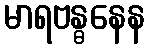
မာရဗန္ဓနေန